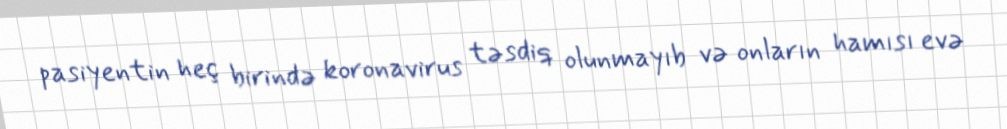
pasiyentin heç birində koronavirus təsdiq olunmayıb və onların hamısı evə